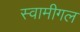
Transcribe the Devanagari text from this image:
स्वामीगल